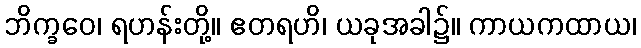
ဘိက္ခဝေ၊ ရဟန်းတို့။ ဧတရဟိ၊ ယခုအခါ၌။ ကာယကထာယ၊